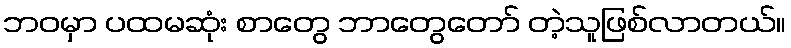
ဘဝမှာ ပထမဆုံး စာတွေ ဘာတွေတော် တဲ့သူဖြစ်လာတယ်။